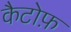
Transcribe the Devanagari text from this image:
कैटोफ़